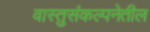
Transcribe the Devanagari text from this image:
वास्तुसंकल्पनेतील